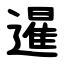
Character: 暹